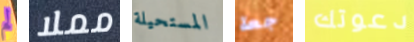
لم مملا المستحيلة جعة دعوتك